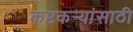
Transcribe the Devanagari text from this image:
कष्टकर्‍यांसाठी